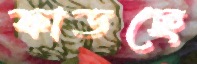
ফাডছে